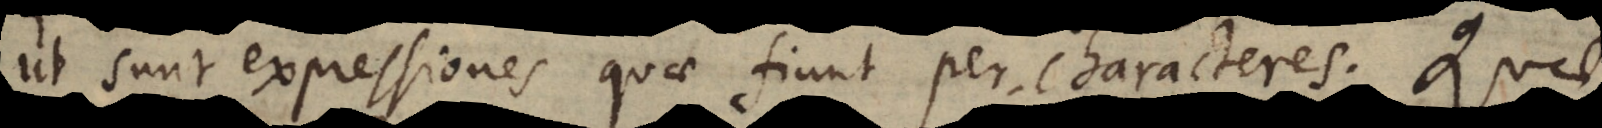
ut sunt expressiones quae fiunt per characteres. Quae